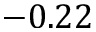
- 0 . 2 2